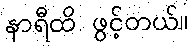
နာရီထိ ဖွင့်တယ်။